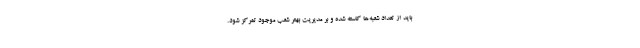
باید از تعداد شعبه‌ها کاسته شده و بر مدیریت بهتر شعب موجود تمرکز شود.